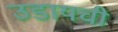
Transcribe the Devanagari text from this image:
उडायची